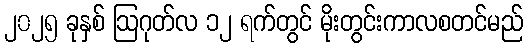
၂၀၂၅ ခုနှစ် ဩဂုတ်လ ၁၂ ရက်တွင် မိုးတွင်းကာလစတင်မည်